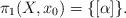
LaTeX: \begin{align*}\pi_1 (X, x_0) = \{ [\alpha ]\}. \end{align*}